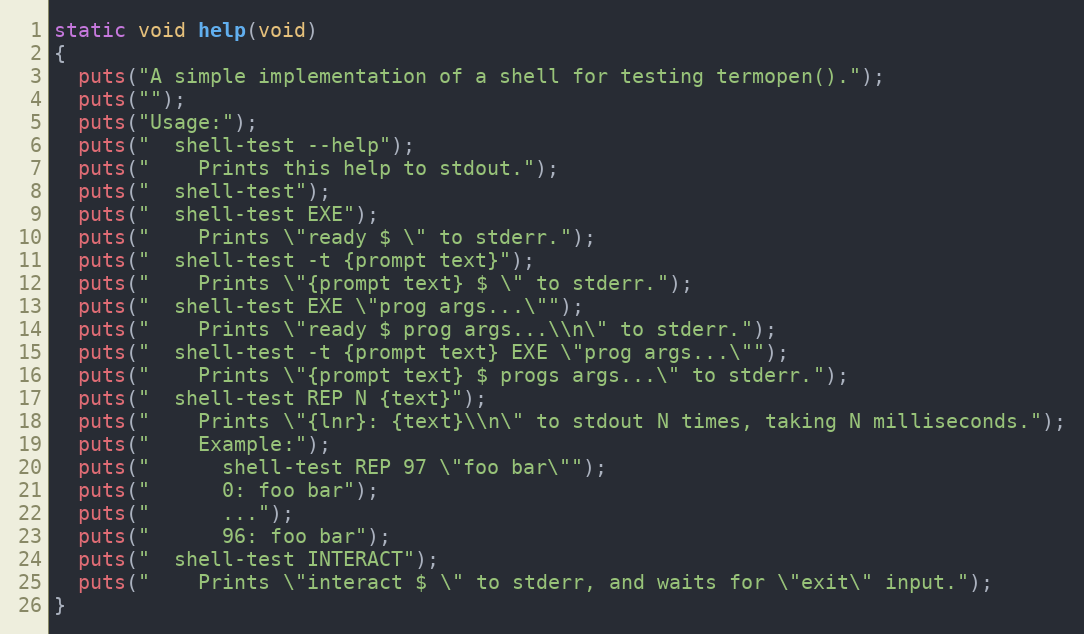
Language: C
static void help(void)
{
  puts("A simple implementation of a shell for testing termopen().");
  puts("");
  puts("Usage:");
  puts("  shell-test --help");
  puts("    Prints this help to stdout.");
  puts("  shell-test");
  puts("  shell-test EXE");
  puts("    Prints \"ready $ \" to stderr.");
  puts("  shell-test -t {prompt text}");
  puts("    Prints \"{prompt text} $ \" to stderr.");
  puts("  shell-test EXE \"prog args...\"");
  puts("    Prints \"ready $ prog args...\\n\" to stderr.");
  puts("  shell-test -t {prompt text} EXE \"prog args...\"");
  puts("    Prints \"{prompt text} $ progs args...\" to stderr.");
  puts("  shell-test REP N {text}");
  puts("    Prints \"{lnr}: {text}\\n\" to stdout N times, taking N milliseconds.");
  puts("    Example:");
  puts("      shell-test REP 97 \"foo bar\"");
  puts("      0: foo bar");
  puts("      ...");
  puts("      96: foo bar");
  puts("  shell-test INTERACT");
  puts("    Prints \"interact $ \" to stderr, and waits for \"exit\" input.");
}